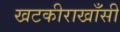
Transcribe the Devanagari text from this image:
खटकीराखाँसी